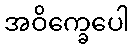
အဝိက္ခေပေါ